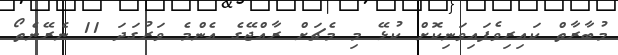
މުބާރާތް ކައިރިވެފައިވަނިކޮށް ކުޅޭ މި މެޗަށް ރާއްޖޭގެ އެންމެ ވަރުގަދަ 11 ނެރޭނެތޯ